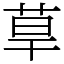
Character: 䓍